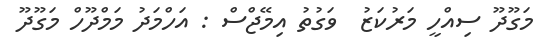
މަގޫދޫ ސިއްހީ މަރުކަޒު  ވަގުތު އިމޭޖްސް : އަހްމަދު މަމްދޫހް މަގޫދޫ